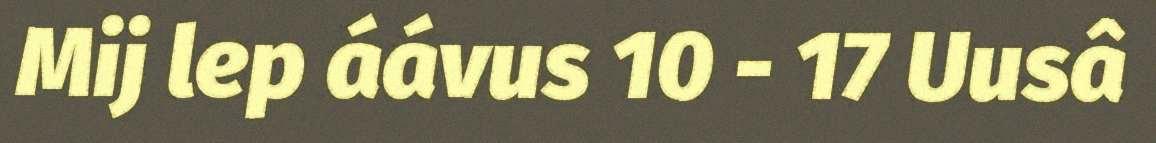
Mij lep áávus 10 - 17 Uusâ